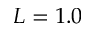
L = 1 . 0